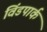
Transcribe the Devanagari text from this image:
विंडपार्क